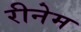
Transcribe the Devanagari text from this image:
रीनेम